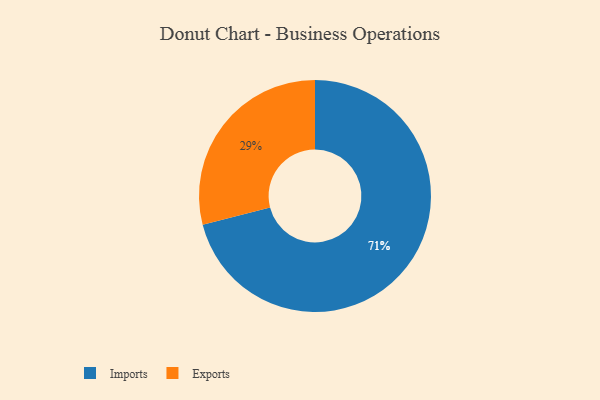
{"axis": {"x": "Category", "y": "Percentage"}, "legend": ["Exports", "Imports"], "data": [{"x": "Imports", "y": 71, "type": "Imports"}, {"x": "Exports", "y": 29, "type": "Exports"}]}